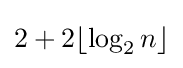
2+2\lfloor \log _{2}n\rfloor